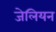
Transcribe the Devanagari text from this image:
जेलियन